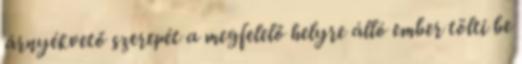
árnyékvető szerepét a megfelelő helyre álló ember tölti be